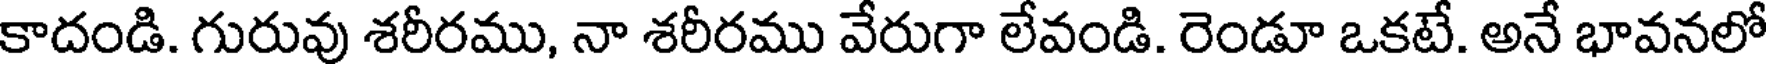
కాదండి. గురువు శరీరము, నా శరీరము వేరుగా లేవండి. రెండూ ఒకటే. అనే భావనలో